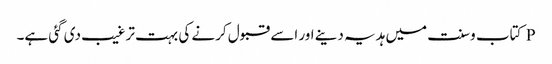
P کتاب وسنت میں ہدیہ دینے اور اسے قبول کرنے کی بہت ترغیب دی گئی ہے۔